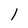
Character: 1